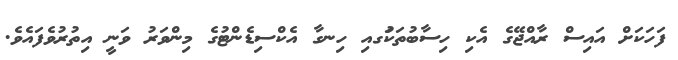
ފަހަކަށް އައިސް ރާއްޖޭގެ އެކި ހިސާބުތަކުަގއި ހިނގާ އެކްސިޑެންޓުގެ މިންވަރު ވަނީ އިތުރުވެފައެވެ.